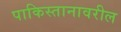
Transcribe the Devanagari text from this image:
पाकिस्तानावरील